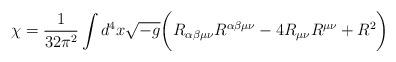
LaTeX: \begin{align*}\chi = \frac{1}{32 \pi^2 } \int d^4x \sqrt{-g} \biggl(R_{\alpha \beta \mu\nu}R^{\alpha \beta \mu \nu} - 4 R_{\mu \nu } R^{\mu \nu} + R^2\biggr)\end{align*}